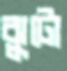
ঝুটো